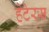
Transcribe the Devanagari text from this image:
हेटेरस